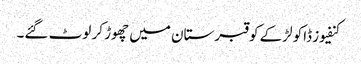
کنفیوز ڈاکو لڑکے کو قبرستان میں چھوڑ کر لوٹ گئے۔